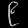
Digit: ၉